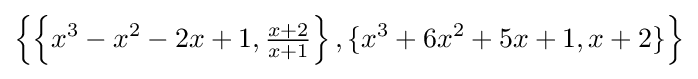
\left\{\left\{x^{3}-x^{2}-2x+1,{\tfrac {x+2}{x+1}}\right\},\{x^{3}+6x^{2}+5x+1,x+2\}\right\}